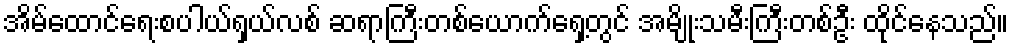
အိမ်ထောင်ရေးစပါယ်ရှယ်လစ် ဆရာကြီးတစ်ယောက်ရှေ့တွင် အမျိုးသမီးကြီးတစ်ဦး ထိုင်နေသည်။